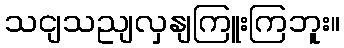
သငျသညျလှနျကြူးကြဘူး။